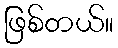
ဖြစ်တယ်။